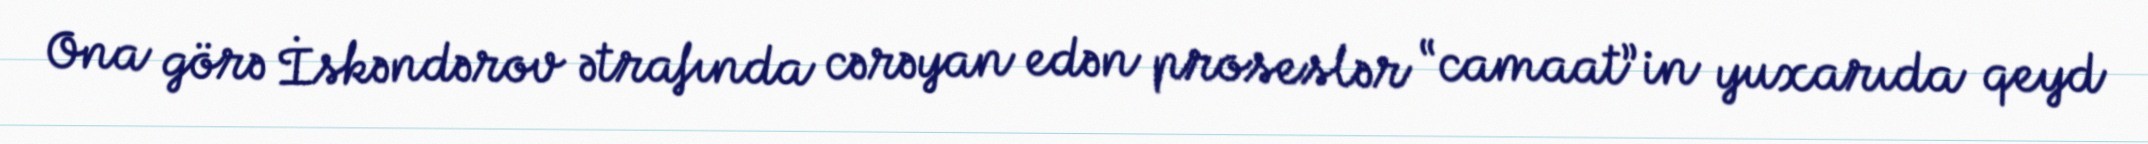
Ona görə İskəndərov ətrafında cərəyan edən proseslər “camaat”in yuxarıda qeyd